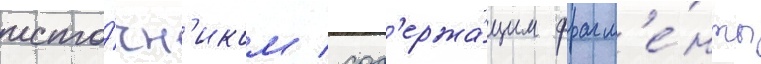
исто́чн'иком / сод'ержа́щим фрагм'е́нты